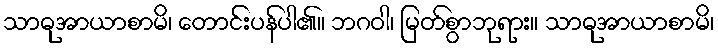
သာဓုအာယာစာမိ၊ တောင်းပန်ပါ၏။ ဘဂဝါ၊ မြတ်စွာဘုရား။ သာဓုအာယာစာမိ၊